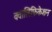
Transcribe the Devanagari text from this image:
क्वालिफ़िकेशन